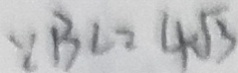
\because B C = 4 \sqrt { 3 }